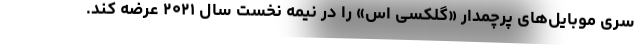
سری موبایل‌های پرچمدار «گلکسی اس» را در نیمه نخست سال ۲۰۲۱ عرضه کند.